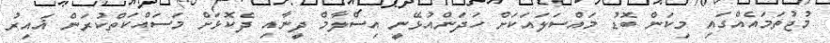
މުޖުތަމައެއްގައި މިކަން ބޮޑު މައްސަލައަކަށް ހަދަންއުޅޭނީ އިސްލާމް ދީނާއި ދެކޮޅަށް މަސައްކަތްކުރަން ޣައިރު